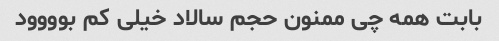
بابت همه چی ممنون حجم سالاد خیلی کم بوووود